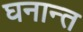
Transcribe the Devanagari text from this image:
घनान्त